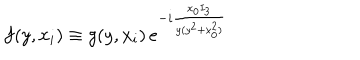
LaTeX: f ( y , x _ { i } ) \equiv g ( y , x _ { i } ) \, e ^ { - i \frac { x _ { 0 } I _ { 3 } } { y ( y ^ { 2 } + x _ { 0 } ^ { 2 } ) } }